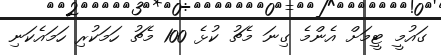
ގައުމީ ޓީމަށް އެންމެ ގިނަ މެޗު ކުޅެ 100 މެޗު ހަމަކުރި ހަމައެކަނި